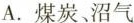
A.煤炭、沼气